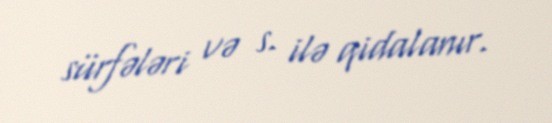
sürfələri və s. ilə qidalanır.